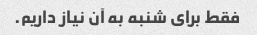
فقط برای شنبه به آن نیاز داریم.